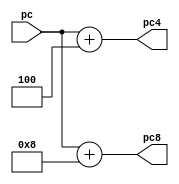
`timescale 1ns / 1ps
//////////////////////////////////////////////////////////////////////////////////
// Company: 
// Engineer: 
// 
// Design Name: 
// Module Name:    Add4 
// Project Name: 
// Target Devices: 
// Tool versions: 
// Description: 
//
// Dependencies: 
//
// Revision: 
// Revision 0.01 - File Created
// Additional Comments: 
//
//////////////////////////////////////////////////////////////////////////////////
module Add4(
    input [31:0] pc,
    output [31:0] pc4,
    output [31:0] pc8
    );
	 
	 assign pc4=pc+4;
	 assign pc8=pc+8;

endmodule